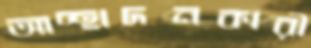
আচ্ছাদনকারী